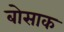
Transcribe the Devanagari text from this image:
बोसाक